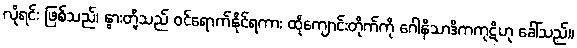
လိုရင်း ဖြစ်သည်၊ နွားတို့သည် ဝင်ရောက်နိုင်ရကား ထိုကျောင်းတိုက်ကို ဂေါနိသာဒိကကုဋိဟု ခေါ်သည်။